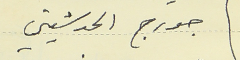
جورج الحدشيتي